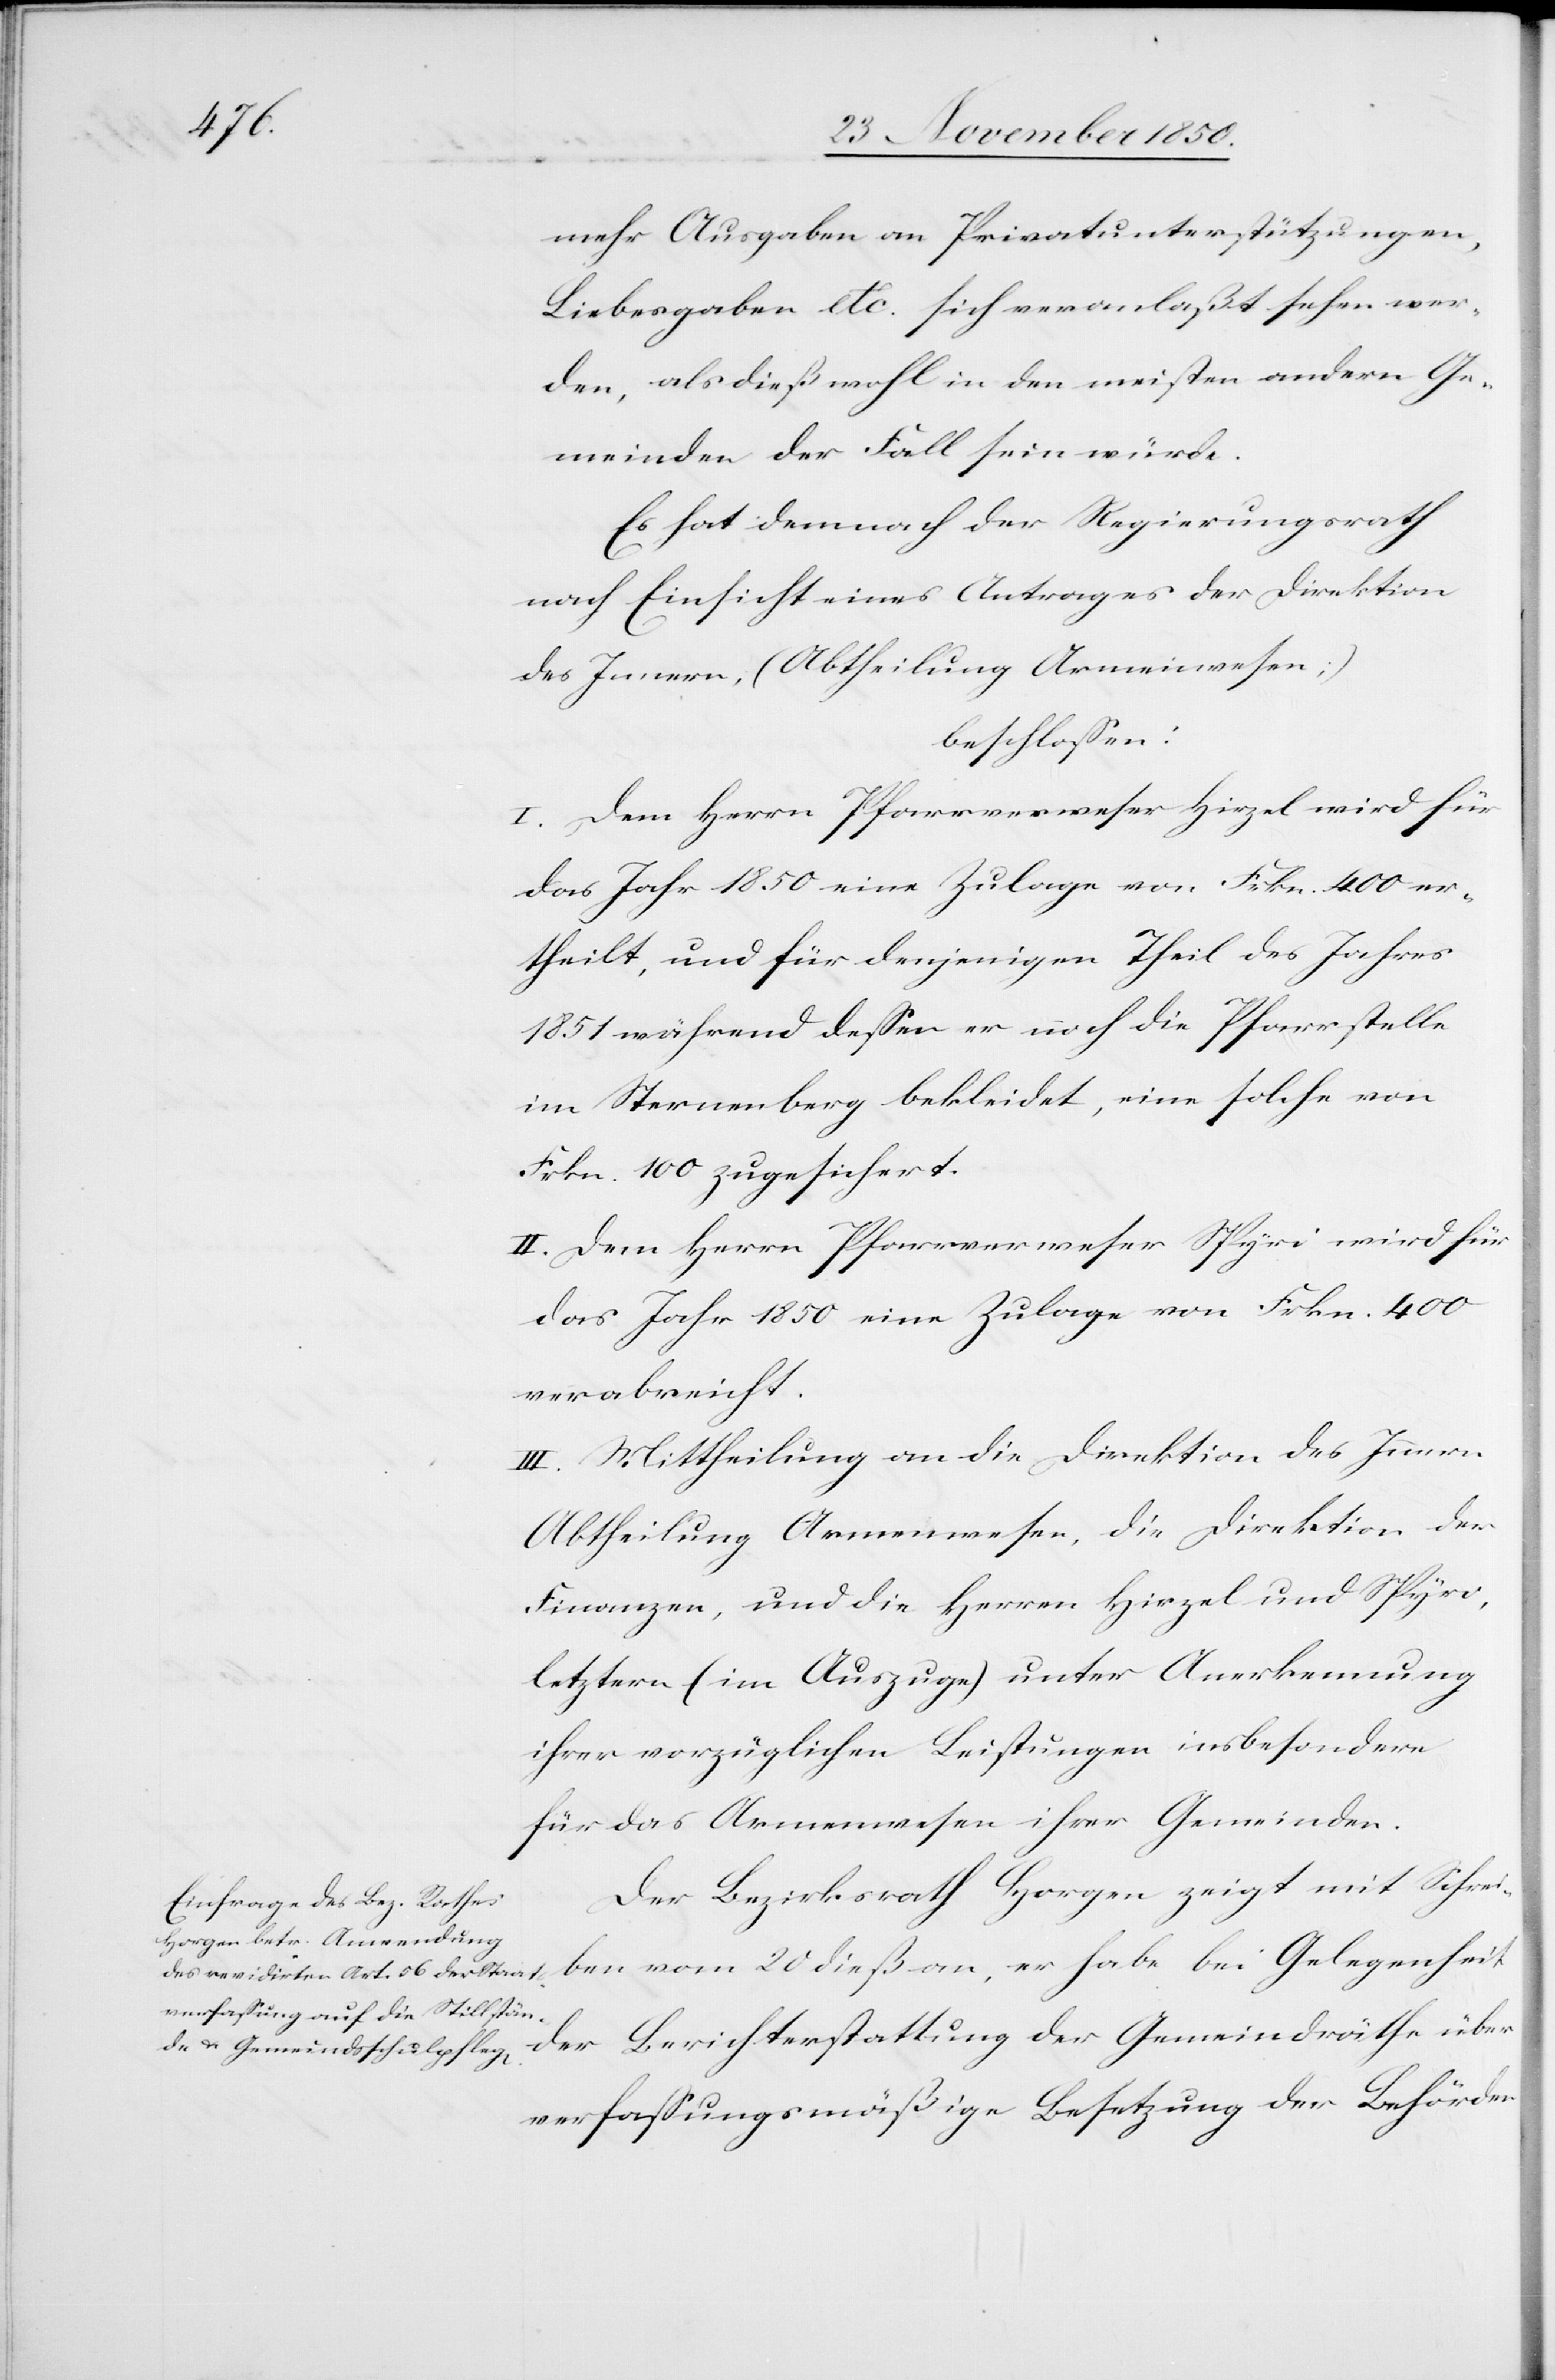
mehr Ausgaben an Privatunterstützungen,
Liebesgaben etc. sich veranlaßt sehen wer¬
den, als dieß wohl in den meisten andern Ge¬
meinden der Fall sein würde.
Es hat demnach der Regierungsrath
nach Einsicht eines Antrages der Direktion
des Innern, (Abtheilung Armenwesen;)
beschlossen:
I. Dem Herrn Pfarrverweser Hirzel wird für
das Jahr 1850 eine Zulage von Frkn. 400 er¬
theilt, und für denjenigen Theil des Jahres
1851 während dessen er noch die Pfarrstelle
im Sternenberg bekleidet, eine solche von
Frkn. 100 zugesichert.
II. Dem Herrn Pfarrverweser Spyri wird für
das Jahr 1850 eine Zulage von Frkn. 400
verabreicht.
III. Mittheilung an die Direktion des Innern
Abtheilung Armenwesen, die Direktion der
Finanzen, und die Herren Hirzel und Spyri,
letztern (im Auszuge) unter Anerkennung
ihrer vorzüglichen Leistungen insbesondere
für das Armenwesen ihrer Gemeinden.
Der Bezirksrath Horgen zeigt mit Schrei¬
ben vom 20 dieß an, er habe bei Gelegenheit
der Berichterstattung der Gemeindräthe über
verfassungsmäßige Besetzung der Behörden